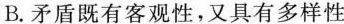
B.矛盾既有客观性，又具有多样性